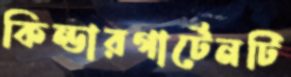
কিন্ডারগার্টেনটি